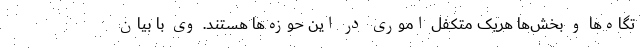
تگاه‌ها و بخش‌ها هریک متکفل اموری در این حوزه‌ها هستند. وی با بیان